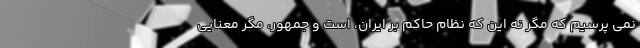
نمی پرسیم که مگر نه این که نظام حاکم بر ایران، است و جمهور، مگر معنایی